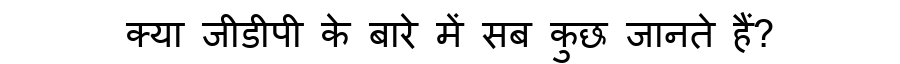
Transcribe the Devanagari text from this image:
क्या जीडीपी के बारे में सब कुछ जानते हैं?